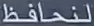
لنحافظ